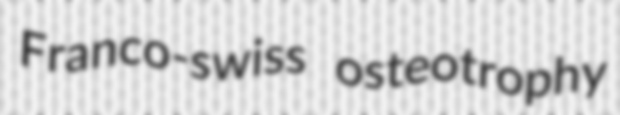
Franco-swiss osteotrophy